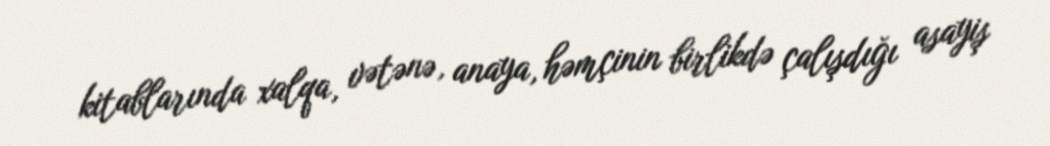
kitablarında xalqa, vətənə, anaya, həmçinin birlikdə çalışdığı asayiş